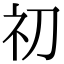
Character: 𥘉